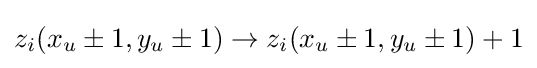
z_{i}(x_{u}\pm 1,y_{u}\pm 1)\rightarrow z_{i}(x_{u}\pm 1,y_{u}\pm 1)+1